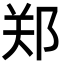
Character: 郑